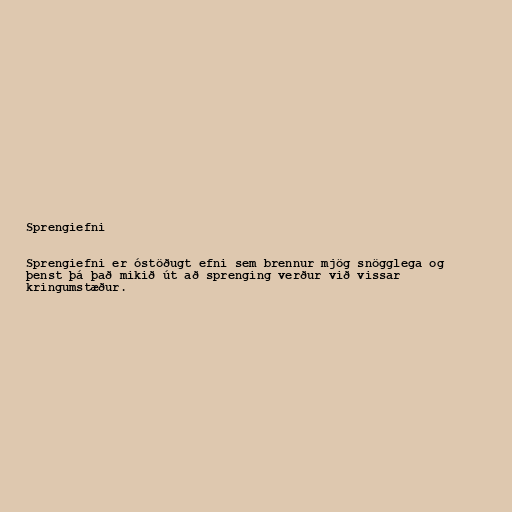
Sprengiefni

Sprengiefni er óstöðugt efni sem brennur mjög snögglega og
þenst þá það mikið út að sprenging verður við vissar
kringumstæður.